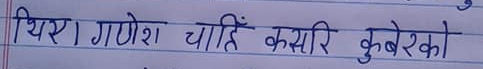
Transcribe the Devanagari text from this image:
थिए। गणेश चाहिं कसरी कुबेरको